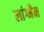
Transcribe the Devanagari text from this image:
लांग्मैन